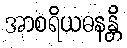
အာစရိယဓနန္တိ